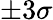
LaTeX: \pm 3\sigma